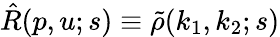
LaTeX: \hat{R}(p,u;s)\equiv\tilde{\rho}(k_{1},k_{2};s)